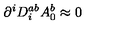
\partial ^ { i } D _ { i } ^ { a b } A _ { 0 } ^ { b } \approx 0